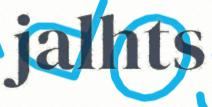
jalhts